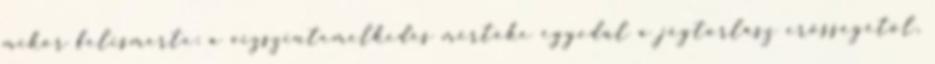
mikor felismerte: a vízszintemelkedés mértéke egyedül a jégtorlasz erősségétől,